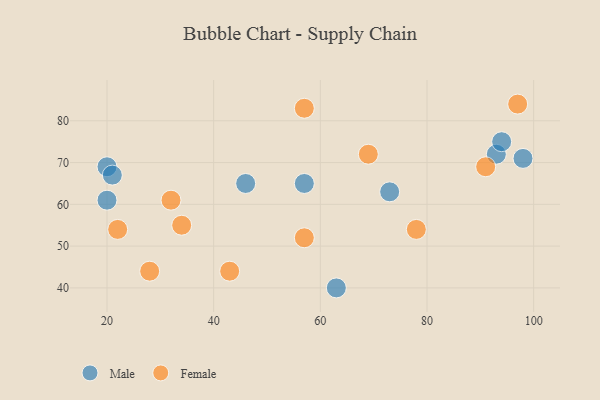
{"axis": {"x": "GDP", "y": "Life Expectancy"}, "legend": ["Female", "Male"], "data": [{"x": "98", "y": 71, "type": "Male"}, {"x": "20", "y": 61, "type": "Male"}, {"x": "20", "y": 69, "type": "Male"}, {"x": "73", "y": 63, "type": "Male"}, {"x": "93", "y": 72, "type": "Male"}, {"x": "63", "y": 40, "type": "Male"}, {"x": "46", "y": 65, "type": "Male"}, {"x": "21", "y": 67, "type": "Male"}, {"x": "57", "y": 65, "type": "Male"}, {"x": "94", "y": 75, "type": "Male"}, {"x": "57", "y": 83, "type": "Female"}, {"x": "34", "y": 55, "type": "Female"}, {"x": "57", "y": 52, "type": "Female"}, {"x": "43", "y": 44, "type": "Female"}, {"x": "69", "y": 72, "type": "Female"}, {"x": "32", "y": 61, "type": "Female"}, {"x": "91", "y": 69, "type": "Female"}, {"x": "97", "y": 84, "type": "Female"}, {"x": "78", "y": 54, "type": "Female"}, {"x": "22", "y": 54, "type": "Female"}, {"x": "28", "y": 44, "type": "Female"}]}